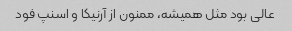
عالی بود مثل همیشه، ممنون از آرنیکا و اسنپ فود